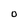
Character: 0